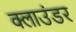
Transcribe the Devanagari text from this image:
क्लाउंडर